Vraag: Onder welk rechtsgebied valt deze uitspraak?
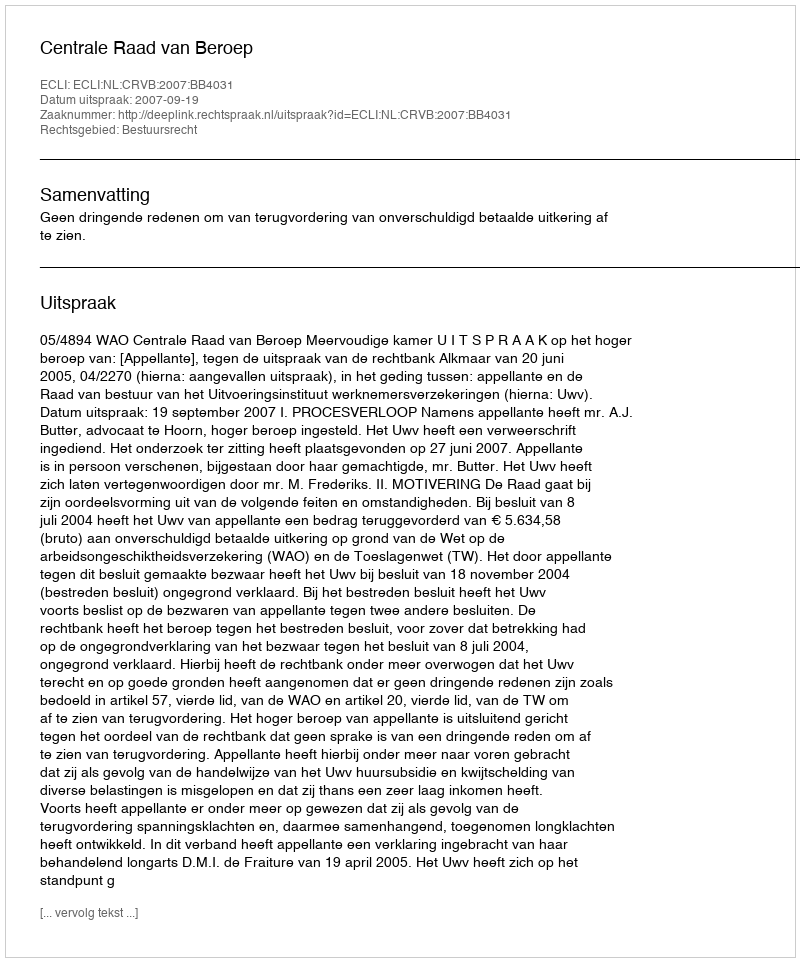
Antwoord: Bestuursrecht